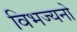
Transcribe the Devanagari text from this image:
विभज्यनो